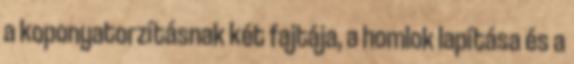
a koponyatorzításnak két fajtája, a homlok lapítása és a